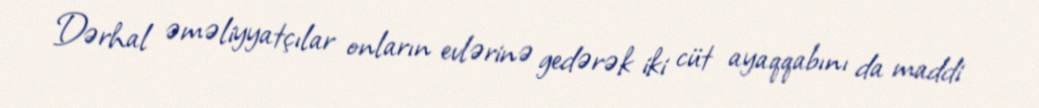
Dərhal əməliyyatçılar onların evlərinə gedərək iki cüt ayaqqabını da maddi